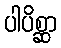
ပါပိစ္ဆာ